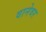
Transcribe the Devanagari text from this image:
वानेवर